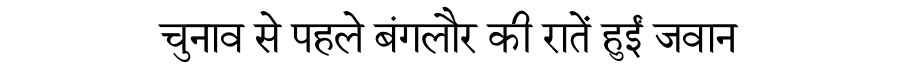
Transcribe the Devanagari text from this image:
चुनाव से पहले बंगलौर की रातें हुईं जवान